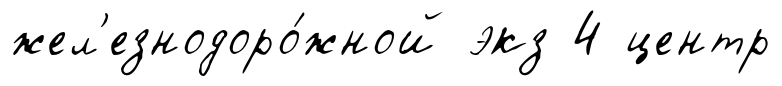
жел'езнодоро́жной экз 4 центр